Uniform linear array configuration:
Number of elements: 12
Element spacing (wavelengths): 1
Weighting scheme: uniform
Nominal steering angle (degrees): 15
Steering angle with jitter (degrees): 14.436
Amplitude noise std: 0.05
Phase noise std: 0.05

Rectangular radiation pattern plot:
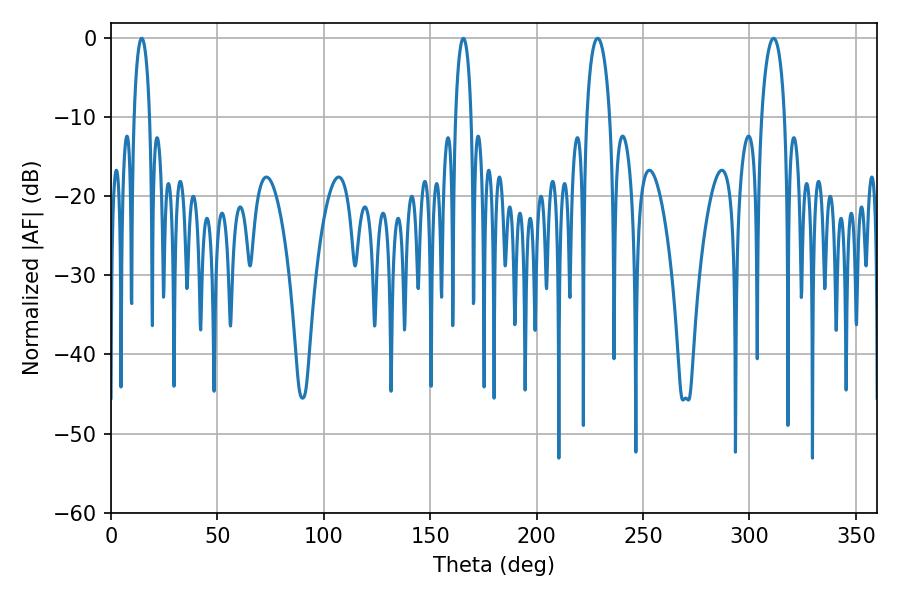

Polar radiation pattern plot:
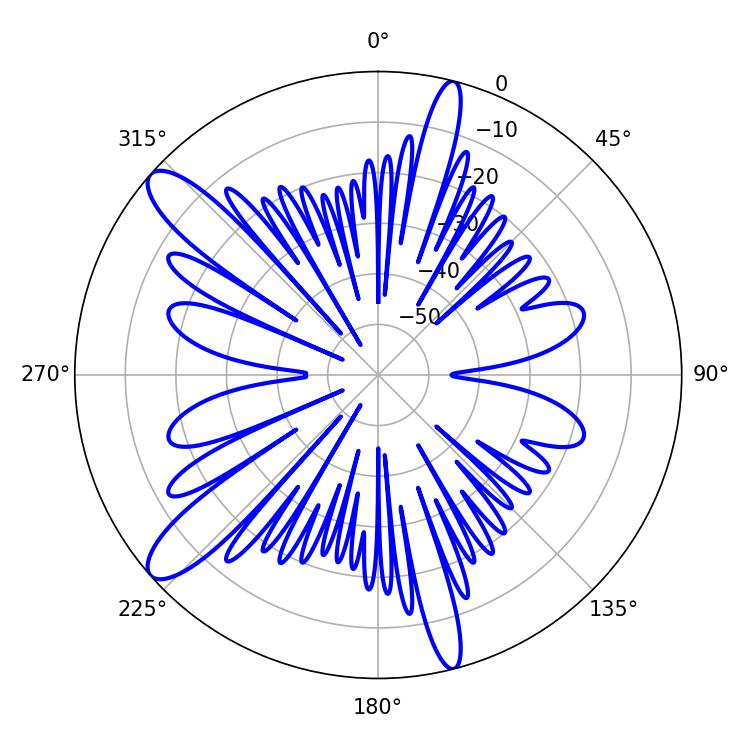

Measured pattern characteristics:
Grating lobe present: TRUE
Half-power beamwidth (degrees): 4.14
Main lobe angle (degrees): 14.4